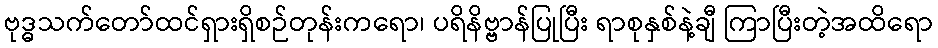
ဗုဒ္ဓသက်တော်ထင်ရှားရှိစဉ်တုန်းကရော၊ ပရိနိဗ္ဗာန်ပြုပြီး ရာစုနှစ်နဲ့ချီ ကြာပြီးတဲ့အထိရော